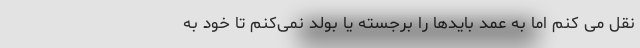
نقل می کنم اما به عمد باید‌ها را برجسته یا بولد نمی‌کنم تا خود به